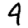
Digit: 9